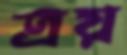
ত্রয়